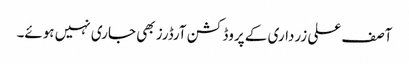
آصف علی زرداری کے پروڈکشن آرڈرز بھی جاری نہیں ہوئے۔